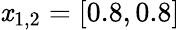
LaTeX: \mathit{x}_{1,2}=[0.8,0.8]